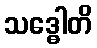
သဒ္ဓေါတိ